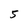
Character: 5